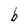
Character: b